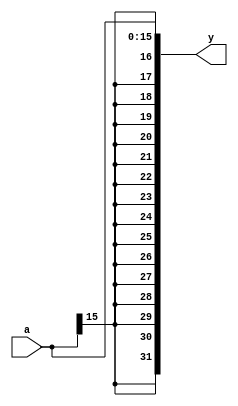
`timescale 1ns / 1ps
//////////////////////////////////////////////////////////////////////////////////
// Company: 
// Engineer: 
// 
// Design Name: 
// Module Name: signext
// Project Name: 
// Target Devices: 
// Tool Versions: 
// Description: 
// 
// Dependencies: 
// 
// Revision:
// Revision 0.01 - File Created
// Additional Comments:
// 
//////////////////////////////////////////////////////////////////////////////////


module signext(input [15:0] a,output [31:0] y);
    
    assign y={{16{a[15]}},a};
endmodule